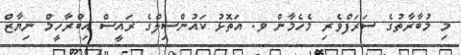
މި މުބާރާތުގެ ސަރަފްވެރި މެހެމާން ވ. އަތޮޅު ކައުންސިލްގެ ރައީސް އިބްރާހީމް ނިޔާޒް